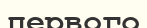
первого